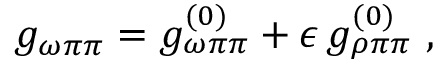
g _ { \omega \pi \pi } = g _ { \omega \pi \pi } ^ { ( 0 ) } + \epsilon \, g _ { \rho \pi \pi } ^ { ( 0 ) } \ ,